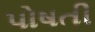
પોષતી